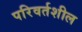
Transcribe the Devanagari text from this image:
परिवर्तशील